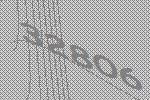
32806